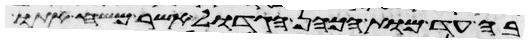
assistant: בה עד מות הכהן הגדול אשר משח אתו